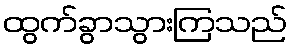
ထွက်ခွာသွားကြသည်